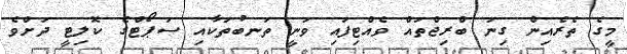
މީގެ ތެރެއިން ގިނަ ބްރިޖްތައް ވެއްޓިފައި ވަނީ ތަނބުތަކާއި ސަޕޯޓްގެ ކޮލިޓީ ދަށްވެ